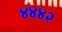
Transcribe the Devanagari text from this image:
४४४२